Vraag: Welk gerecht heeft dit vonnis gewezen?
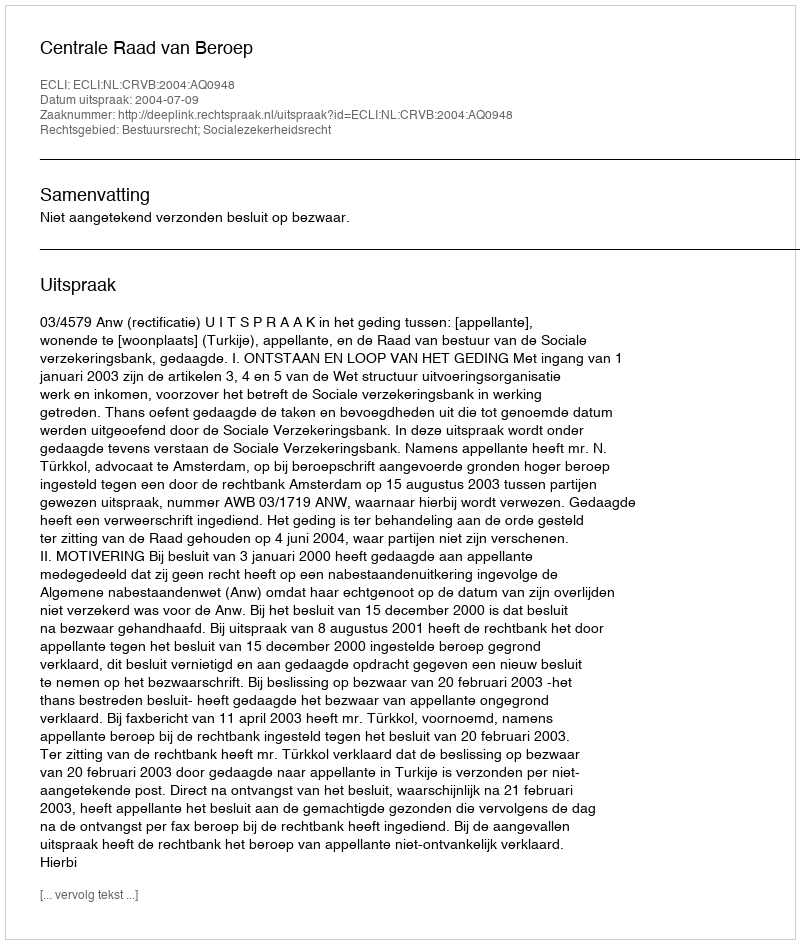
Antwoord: Centrale Raad van Beroep